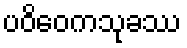
ပဝိဝေကသုခဿ